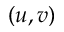
( u , v )